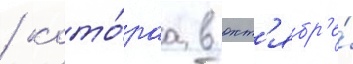
/ кото́раа в окт'ябр'е́